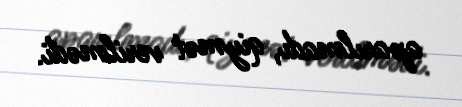
aparılmadı, qiymət verilmədi.